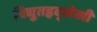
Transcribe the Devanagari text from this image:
विद्युतहृद्‌लेखी